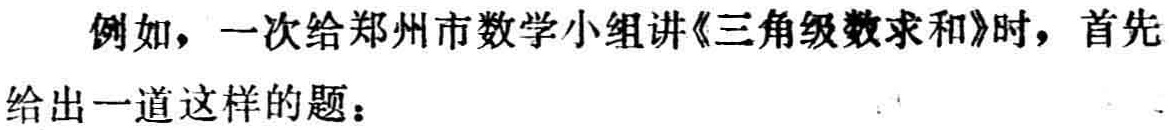
例如，一次给郑州市数学小组讲《三角级数求和》时，首先给出一道这样的题：